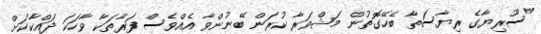
"ސޫރިޔާގެ ރިޔާސަތާ ބެހޭގޮތުން މަޝްވަރާ ކުރަން ބޭނުންވާ އެއްވެސް ފަރާތަކާ ވާހަކަ ދައްކާކަށް